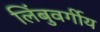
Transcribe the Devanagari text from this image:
लिंबुवर्गीय